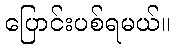
ပြောင်းပစ်ရမယ်။